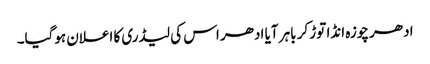
ادھر چوزہ انڈا توڑ کر باہر آیا ادھر اس کی لیڈری کا اعلان ہوگیا۔